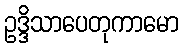
ဥဒ္ဒိသာပေတုကာမော